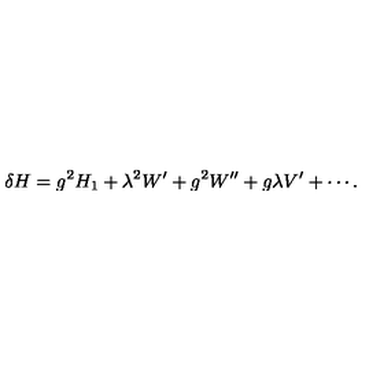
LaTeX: \delta H = g ^ { 2 } H _ { 1 } + \lambda ^ { 2 } W ^ { \prime } + g ^ { 2 } W ^ { \prime \prime } + g \lambda V ^ { \prime } + \cdots .